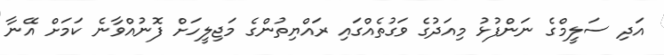
އަދި ސަލީމްގެ ނަންފުޅު މިއަދުގެ ވަގުތެއްގައި ރައްޔިތުންގެ މަޖިލީހަށް ފޮނުއްވާނެ ކަމަށް އޭނާ